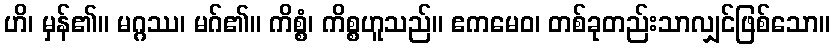
ဟိ၊ မှန်၏။ မဂ္ဂဿ၊ မဂ်၏။ ကိစ္စံ၊ ကိစ္စဟူသည်။ ဧကမေဝ၊ တစ်ခုတည်းသာလျှင်ဖြစ်သော။